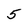
Character: 5